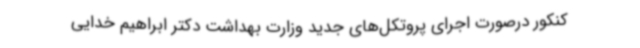
کنکور درصورت اجرای پروتکل‌های جدید وزارت بهداشت دکتر ابراهیم خدایی